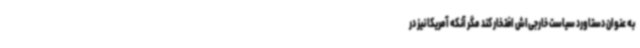
به عنوان دستاورد سیاست خارجی‌اش افتخار کند مگر آنکه آمریکا نیز در